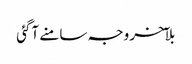
بلآخر وجہ سامنے آگئی